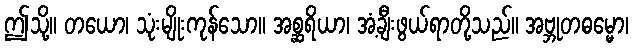
ဤသို့။ တယော၊ သုံးမျိုးကုန်သော။ အစ္ဆရိယာ၊ အံ့ချီးဖွယ်ရာတို့သည်။ အဗ္ဘုတဓမ္မော၊